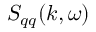
S _ { q q } ( k , \omega )